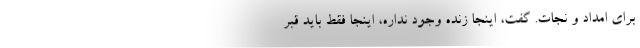
براي امداد و نجات. گفت، اينجا زنده وجود نداره، اينجا فقط بايد قبر